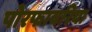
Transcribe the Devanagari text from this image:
पोरफायरिया